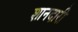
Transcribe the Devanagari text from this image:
शानदारी